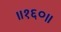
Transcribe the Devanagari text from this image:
॥१६०॥